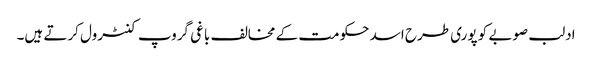
ادلب صوبے کو پوری طرح اسد حکومت کے مخالف باغی گروپ کنٹرول کرتے ہیں۔